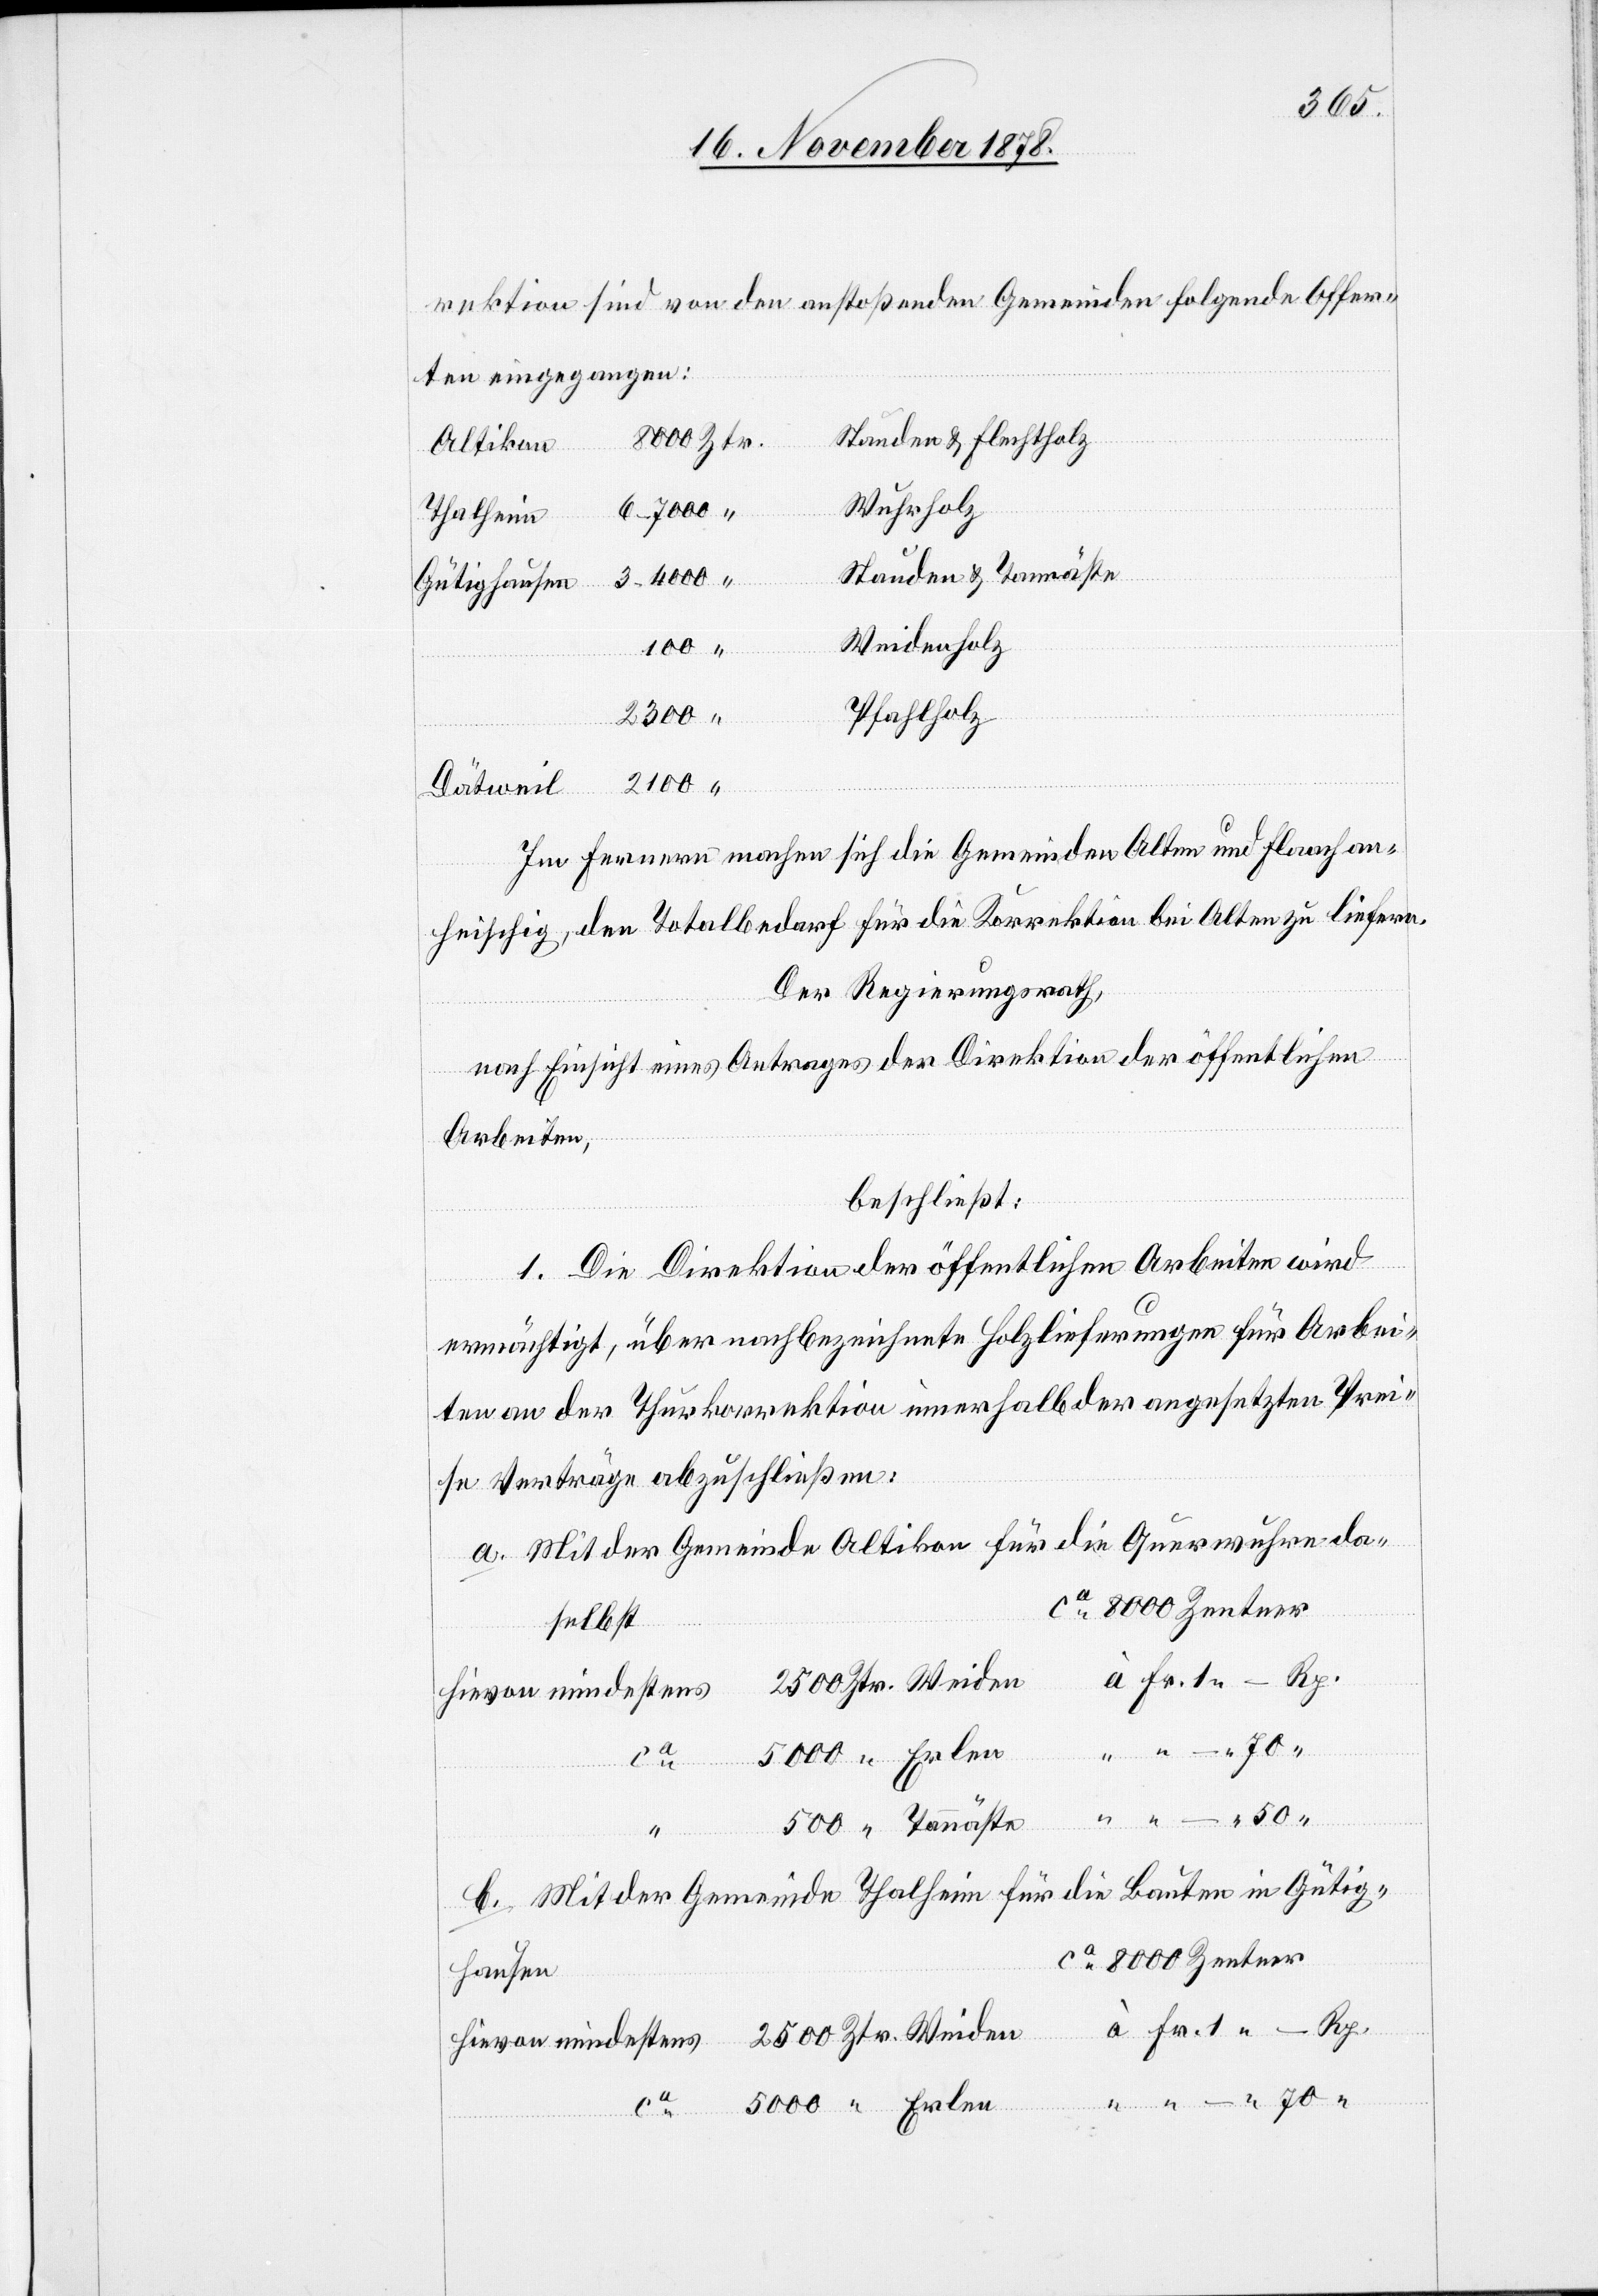
500
rektion sind von den anstoßenden Gemeinden folgende Offer¬
ten eingegangen:
Stauden & Flechtholz
Altikon
Wuhrholz
70
Thalheim
Stauden & Tannäste
Weidenholz
Pfahlholz
–
“
Im Ferneren machen sich die Gemeinden Alten und Flaach an¬
heischig, den Totalbedarf für die Korrektion bei Alten zu liefern.
Der Regierungsrath,
nach Einsicht eines Antrages der Direktion der öffentlichen
Arbeiten,
beschließt:
1. Die Direktion der öffentlichen Arbeiten wird
ermächtigt, über nachbezeichnete Holzlieferungen für Arbei¬
ten an der Thurkorrektion innerhalb der angesetzten Prei¬
se Verträge abzuschließen:
a. Mit der Gemeinde Altikon für die Querwuhren da¬
ca 8000 Zentner
selbst
à Fr. 1 – Rp.
2500 Ztr. Weiden
hievon mindestens
5000 “ Erlen
“ Tannäste
b. Mit der Gemeinde Thalheim für die Bauten in Gütig¬
hausen